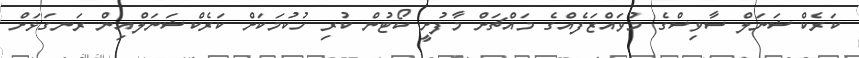
ކަރެކްޝަނަލް ސާވިސްގެ މުވައްޒަފެއްގެ މައްޗަށް މާފުށީ ކޯޓުން ކުރި ހުކުމަކަށް ކަރެކްޝަނަލްއިން ރަނގަޅަށް